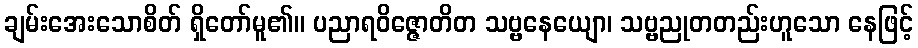
ချမ်းအေးသောစိတ် ရှိတော်မူ၏။ ပညာရဝိဇ္ဇောတိတ သဗ္ဗနေယျော၊ သဗ္ဗညုတတည်းဟူသော နေဖြင့်